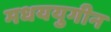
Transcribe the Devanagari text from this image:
मधययुगीन